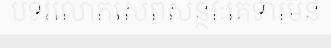
បទរំលោភសេពសន្ថវៈគេទារមិន